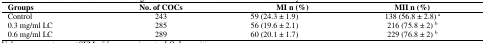
<table><thead><tr><td><b>Groups</b></td><td><b>No. of COCs</b></td><td><b>MI n (%)</b></td><td><b>MII n (%)</b></td></tr></thead><tbody><tr><td>Control</td><td>243</td><td>59 (24.3 ± 1.9)</td><td>138 (56.8 ± 2.8)<sup> a</sup></td></tr><tr><td>0.3 mg/ml LC</td><td>285</td><td>56 (19.6 ± 2.1)</td><td>216 (75.8 ± 2) <sup>b</sup></td></tr><tr><td>0.6 mg/ml LC</td><td>289</td><td>60 (20.1 ± 1.7)</td><td>229 (76.8 ± 2) <sup>b</sup></td></tr></tbody></table>